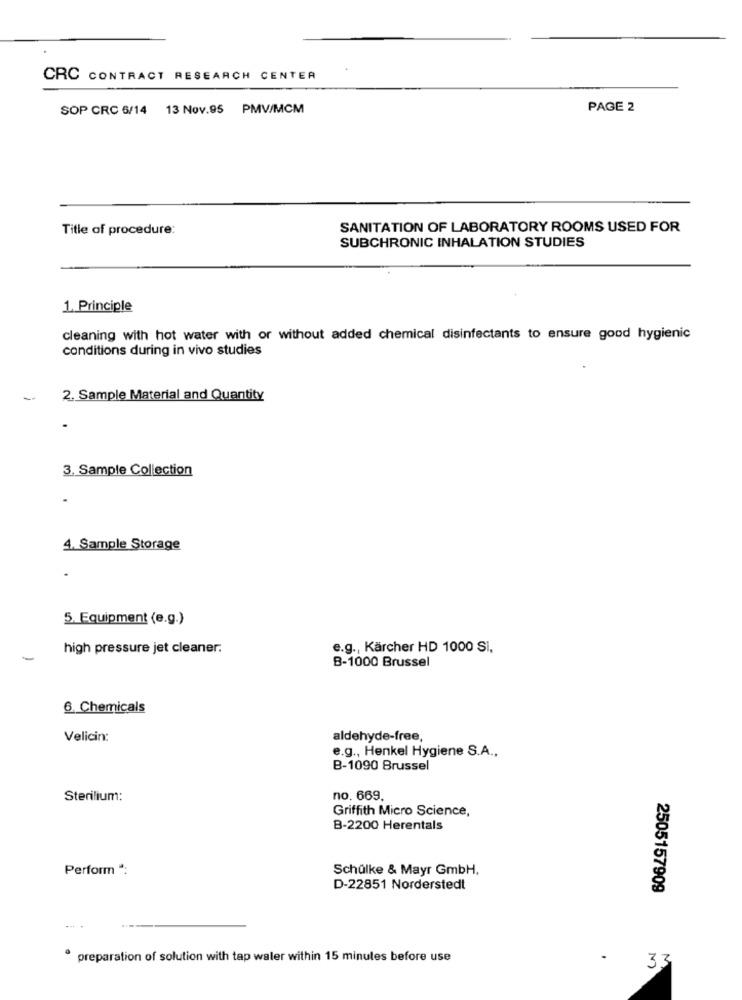
CRC CONTRACT RESEARCH CENTER
SOP CRC 6/14 13 Nov.95 PMV/MCM
PAGE 2
Title of procedure:
SANITATION OF LABORATORY ROOMS USED FOR
SUBCHRONIC INHALATION STUDIES
1. Principle
cleaning with hot water with or without added chemical disinfectants to ensure good hygienic
conditions during in vivo studies
-
2. Sample Material and Quantity
3. Sample Collection
4. Sample Storage
5. Equipment (e.g.)
high pressure jet cleaner.
e.g ., Kärcher HD 1000 Si,
-
B-1000 Brussel
6. Chemicals
Velicin:
aldehyde-free,
e.g ., Henkel Hygiene S.A .,
B-1090 Brussel
Sterilium:
no. 669.
Griffith Micro Science,
B-2200 Herentals
Perform *:
Schulke & Mayr GmbH,
D-22851 Norderstedt
2505157909
preparation of solution with tap water within 15 minutes before use
.
33